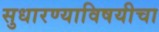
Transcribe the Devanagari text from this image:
सुधारण्याविषयीचा